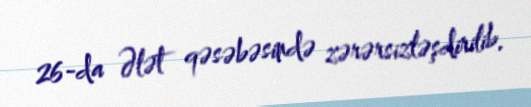
26-da Ələt qəsəbəsində zərərsizləşdirilib.